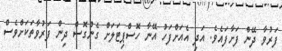
ފަރުވާ ދޭން ފަށާފައެވެ. އަދި އެއަށްފަހު އޭނާ ހޮސްޕިޓަލަށް ގެންގޮސް ދިން ފަރުވާތަކަށްވެސް